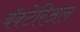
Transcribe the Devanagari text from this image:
बॅक्टेरिअल